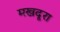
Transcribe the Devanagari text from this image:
मखदूरा